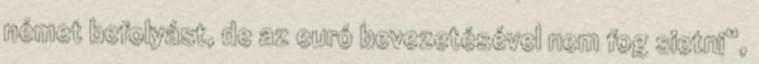
német befolyást, de az euró bevezetésével nem fog sietni“,